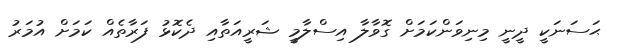
ޙަސަނަކީ ދީނީ މިނިވަންކަމަށް ގޮވާލާ އިސްލާމީ ޝަރީއަތާއި ދެކޮޅު ފަރާތެއް ކަމަށް އުމަރު